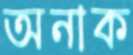
অনাক